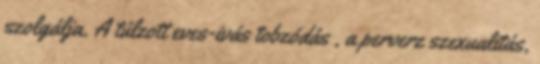
szolgálja. A túlzott eves-ivás tobzódás , a perverz szexualitás,